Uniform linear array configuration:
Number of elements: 24
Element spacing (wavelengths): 0.75
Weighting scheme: blackman
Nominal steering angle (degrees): -15
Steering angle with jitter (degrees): -15.534
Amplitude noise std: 0.05
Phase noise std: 0.05

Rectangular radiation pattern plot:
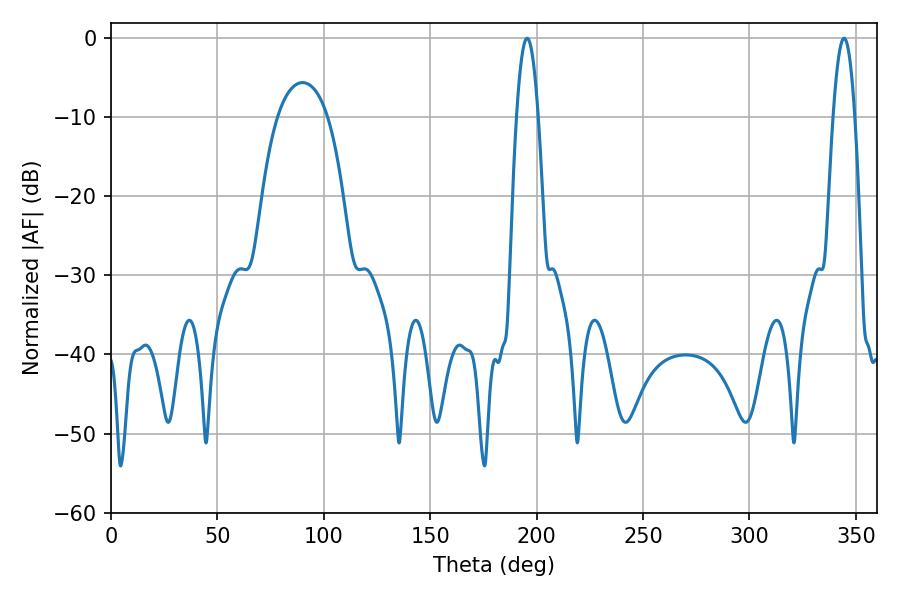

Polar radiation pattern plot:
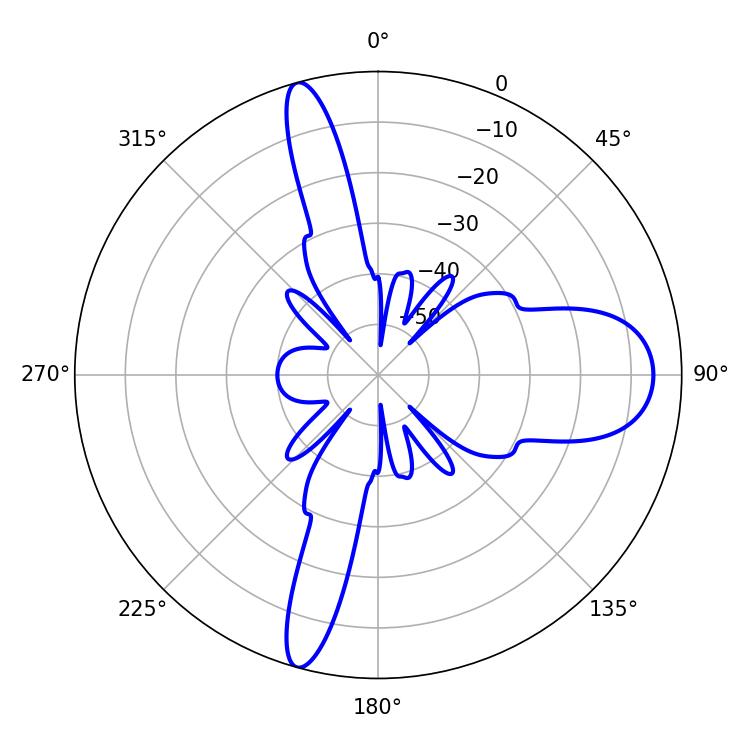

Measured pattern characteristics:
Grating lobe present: TRUE
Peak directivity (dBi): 16.902
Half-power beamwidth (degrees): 5.58
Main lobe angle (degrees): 195.48